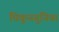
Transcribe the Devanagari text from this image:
चिकूनगुनिया